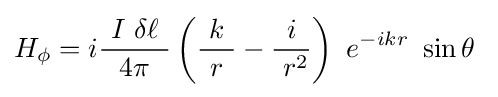
H_{\phi }=i{\frac {\ I\ \delta \ell \ }{4\pi }}\left({\frac {\ k\ }{r}}-{\frac {i}{\ r^{2}}}\right)\ e^{-ikr}\ \sin \theta \